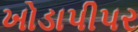
ખોડાપીપર